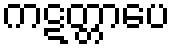
ကဋတ္တာပေ